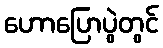
ဟောပြောပွဲတွင်